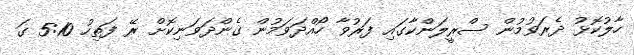
ހާލުކޮޅު ދެރަވުމުން ސްރީލަންކާގައި ފަރުވާ ހޯއްދަވަމުން ގެންދަވަނިކޮށް ރޭ ފަތިހު 5:10 ގަ